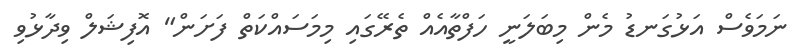
ނަމަވެސް އަޅުގަނޑު މެން މިބަލަނީ ހަފްތާއެއް ތެރޭގައި މިމަސައްކަތް ފަށަން" އޮފިޝަލް ވިދާޅުވި